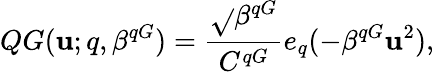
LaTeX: QG(\mathbf{u};q,\beta^{qG})=\frac{{\sqrt{}{{\beta^{qG}}}}}{{C^{qG}}}e_{q}(-\beta^{qG}\mathbf{u}^{2}),